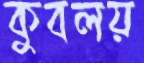
কুবলয়